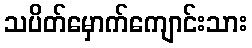
သပိတ်မှောက်ကျောင်းသား